Insane asylums in Bengal annual reports 1876-1887 - 1876-1887
Year: 1876
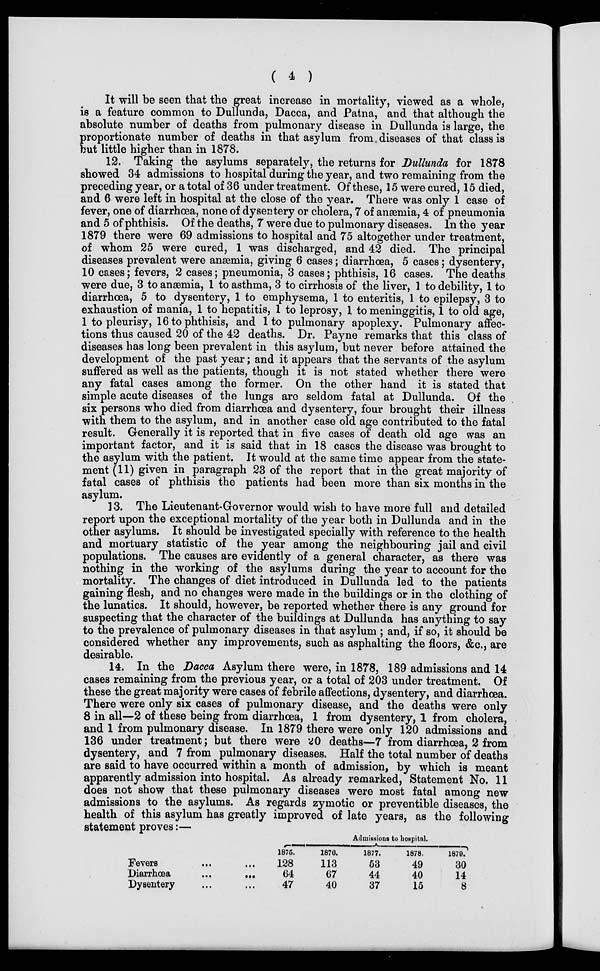
( 4 )
It will be seen that the great increase in mortality, viewed as a whole,
is a feature common to Dullunda, Dacca, and Patna, and that although the
absolute number of deaths from pulmonary disease in Dullunda is large, the
proportionate number of deaths in that asylum from. diseases of that class is
but little higher than in 1878.
12. Taking the asylums separately, the returns for Dullunda for 1878
showed 34 admissions to hospital during the year, and two remaining from the
preceding year, or a total of 36 under treatment. Of these, 15 were cured, 15 died,
and 6 were left in hospital at the close of the year. There was only 1 case of
fever, one of diarrhœa, none of dysentery or cholera, 7 of anæmia, 4 of pneumonia
and 5 of phthisis. Of the deaths, 7 were due to pulmonary diseases. In the year
1879 there were 69 admissions to hospital and 75 altogether under treatment,
of whom 25 were cured, 1 was discharged, and 42 died. The principal
diseases prevalent were anæmia, giving 6 cases; diarrhœa, 5 cases; dysentery,
10 cases; fevers, 2 cases; pneumonia, 3 cases; phthisis, 16 cases. The deaths
were due, 3 to anæmia, 1 to asthma, 3 to cirrhosis of the liver, 1 to debility, 1 to
diarrhœa, 5 to dysentery, 1 to emphysema, 1 to enteritis, 1 to epilepsy, 3 to
exhaustion of mania, 1 to hepatitis, 1 to leprosy, 1 to meninggitis, 1 to old age,
1 to pleurisy, 16 to phthisis, and 1 to pulmonary apoplexy. Pulmonary affec-
tions thus caused 20 of the 42 deaths. Dr. Payne remarks that this class of
diseases has long been prevalent in this asylum, but never before attained the
development of the past year; and it appears that the servants of the asylum
suffered as well as the patients, though it is not stated whether there were
any fatal cases among the former. On the other hand it is stated that
simple acute diseases of the lungs are seldom fatal at Dullunda. Of the
six persons who died from diarrhœa and dysentery, four brought their illness
with them to the asylum, and in another case old age contributed to the fatal
result. Generally it is reported that in five cases of death old age was an
important factor, and it is said that in 18 cases the disease was brought to
the asylum with the patient. It would at the same time appear from the state-
ment (11) given in paragraph 23 of the report that in the great majority of
fatal cases of phthisis the patients had been more than six months in the
asylum.
13. The Lieutenant-Governor would wish to have more full and detailed
report upon the exceptional mortality of the year both in Dullunda and in the
other asylums. It should be investigated specially with reference to the health
and mortuary statistic of the year among the neighbouring jail and civil
populations. The causes are evidently of a general character, as there was
nothing in the working of the asylums during the year to account for the
mortality. The changes of diet introduced in Dullunda led to the patients
gaining flesh, and no changes were made in the buildings or in the clothing of
the lunatics. It should, however, be reported whether there is any ground for
suspecting that the character of the buildings at Dullunda has anything to say
to the prevalence of pulmonary diseases in that asylum ; and, if so, it should be
considered whether any improvements, such as asphalting the floors, &c., are
desirable.
14. In the Dacca Asylum there were, in 1878, 189 admissions and 14
cases remaining from the previous year, or a total of 203 under treatment. Of
these the great majority were cases of febrile affections, dysentery, and diarrhœa.
There were only six cases of pulmonary disease, and the deaths were only
8 in all—2 of these being from diarrhœa, 1 from dysentery, 1 from cholera,
and 1 from pulmonary disease. In 1879 there were only 120 admissions and
136 under treatment; but there were 20 deaths—7 from diarrhœa, 2 from
dysentery, and 7 from pulmonary diseases. Half the total number of deaths
are said to have occurred within a month of admission, by which is meant
apparently admission into hospital. As already remarked, Statement No. 11
does not show that these pulmonary diseases were most fatal among new
admissions to the asylums. As regards zymotic or preventible diseases, the
health of this asylum has greatly improved of late years, as the following
statement proves:—
Fevers
...
...
Diarrhœa ... ...
Dysentery ... ...
Admissions to hospital.
1875.
128
64
47
1876.
113
67
40
1877.
53
44
37
1878.
49
40
15
1879.
30
14
8